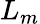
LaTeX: L_{m}